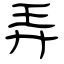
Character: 弄